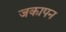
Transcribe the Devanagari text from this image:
जकापन